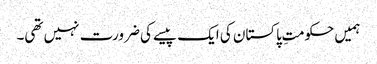
ہمیں حکومتِ پاکستان کی ایک پیسے کی ضرورت نہیں تھی۔